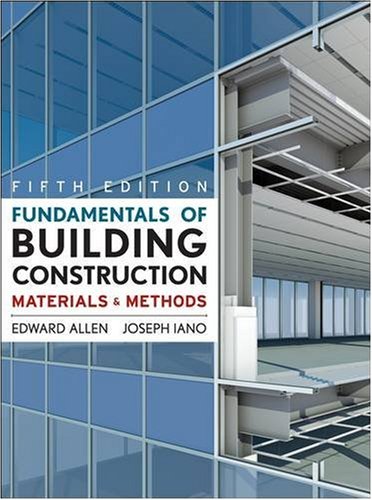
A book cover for Fundamentals of Building Construction: Materials and Methods, 5th Edition; Edward Allen; Crafts, Hobbies & Home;